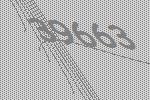
39663